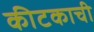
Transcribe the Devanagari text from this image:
कीटकाची